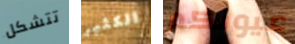
تتشكل الكثير عيونكم